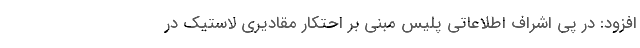
افزود: در پی اشراف اطلاعاتی پلیس مبنی بر احتکار مقادیری لاستیک در